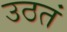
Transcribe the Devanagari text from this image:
उठतं